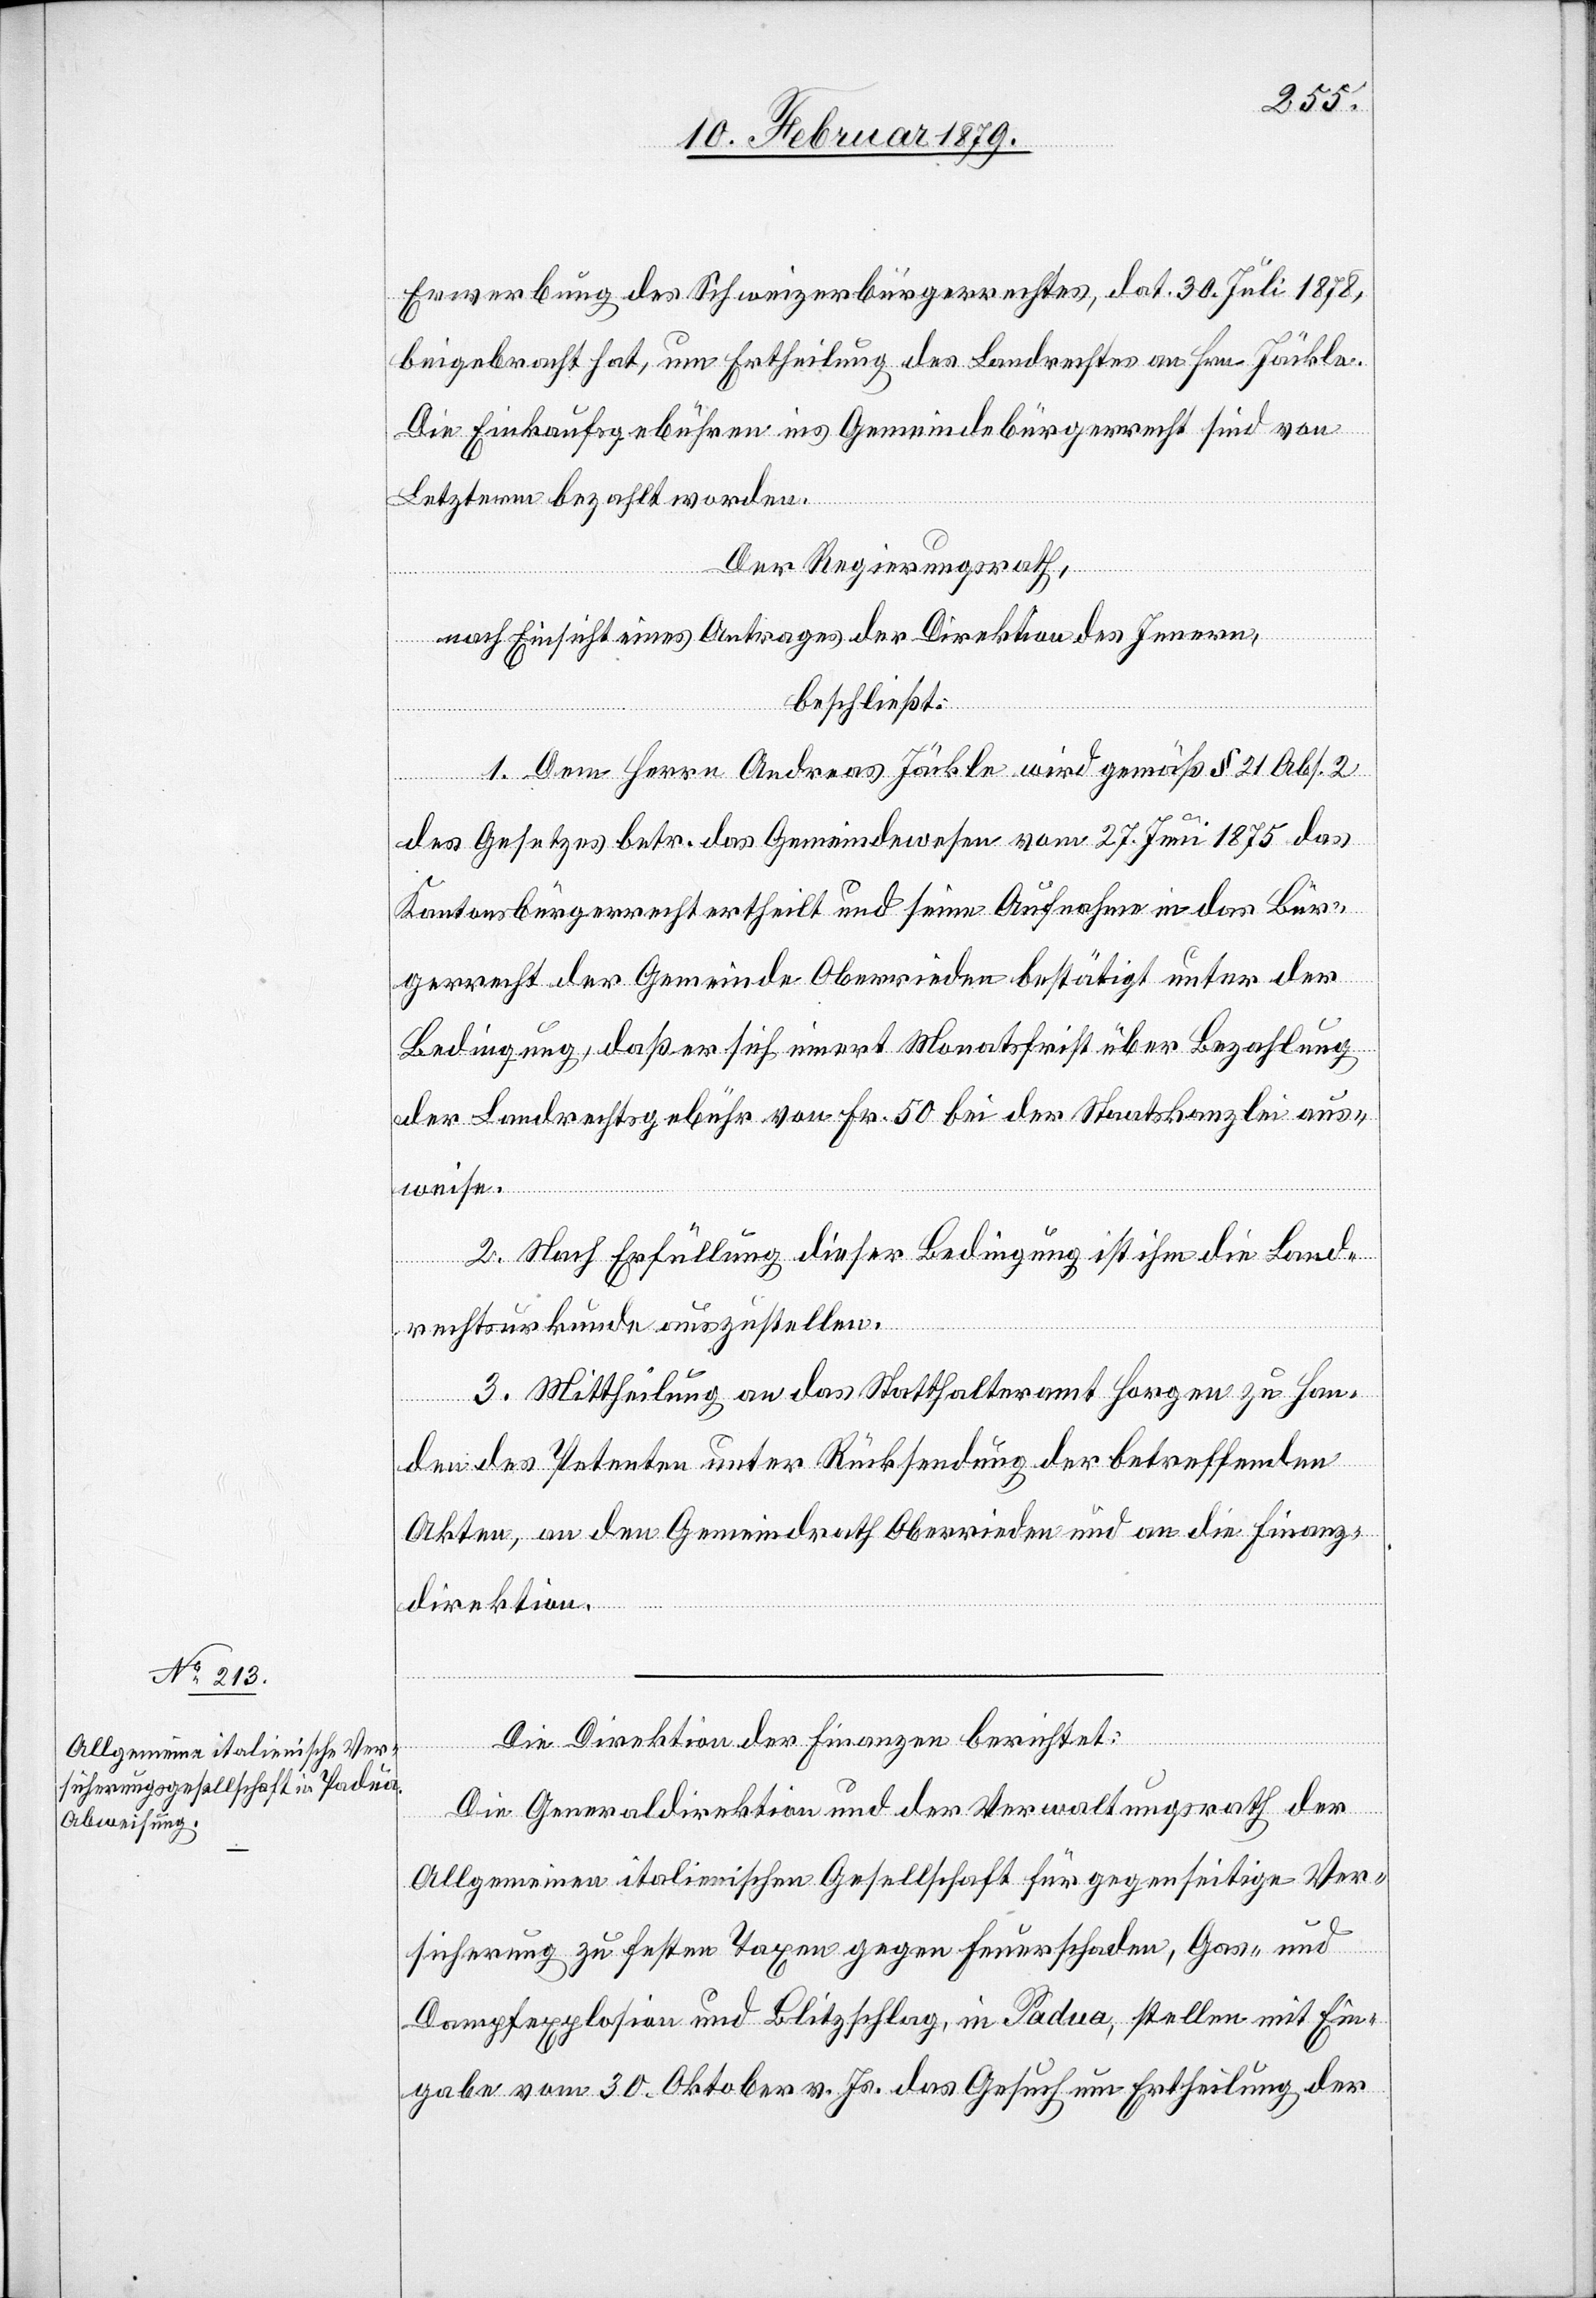
Erwerbung des Schweizerbürgerrechtes, dat. 30. Juli 1878,
beigebracht hat, um Ertheilung des Landrechtes an Hrn. Jäckle.
Die Einkaufsgebühren ins Gemeindebürgerrecht sind von
Letzterm bezahlt worden.
Der Regierungsrath,
nach Einsicht eines Antrages der Direktion des Innern,
beschließt:
1. Dem Herrn Andreas Jäckle wird gemäß § 21 Abs. 2
des Gesetzes betr. das Gemeindewesen vom 27. Juni 1875 das
Kantonsbürgerrecht ertheilt und seine Aufnahme in das Bür¬
gerrecht der Gemeinde Oberrieden bestätigt unter der
Bedingung, daß er sich innert Monatsfrist über Bezahlung
der Landrechtsgebühr von Fr. 50 bei der Staatskanzlei aus¬
weise.
2. Nach Erfüllung dieser Bedingung ist ihm die Land¬
rechtsurkunde auszustellen.
3. Mittheilung an das Statthalteramt Horgen zu Han¬
den des Petenten unter Rücksendung der betreffenden
Akten, an den Gemeindrath Oberrieden und an die Finanz¬
direktion.
Die Direktion der Finanzen berichtet:
Die Generaldirektion und der Verwaltungsrath der
Allgemeinen italienischen Gesellschaft für gegenseitige Ver¬
sicherung zu festen Taxen gegen Feuerschaden, Gas- und
Dampfexplosion und Blitzschlag, in Padua, stellten mit Ein¬
gabe vom 30. Oktober v. Js. das Gesuch um Ertheilung der